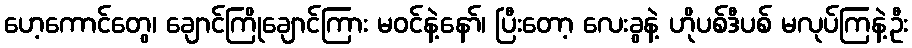
ဟေ့ကောင်တွေ၊ ချောင်ကြိုချောင်ကြား မဝင်နဲ့နော်၊ ပြီးတော့ လေးခွနဲ့ ဟိုပစ်ဒီပစ် မလုပ်ကြနဲ့ဦး